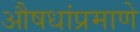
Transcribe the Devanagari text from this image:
औषधांप्रमाणे